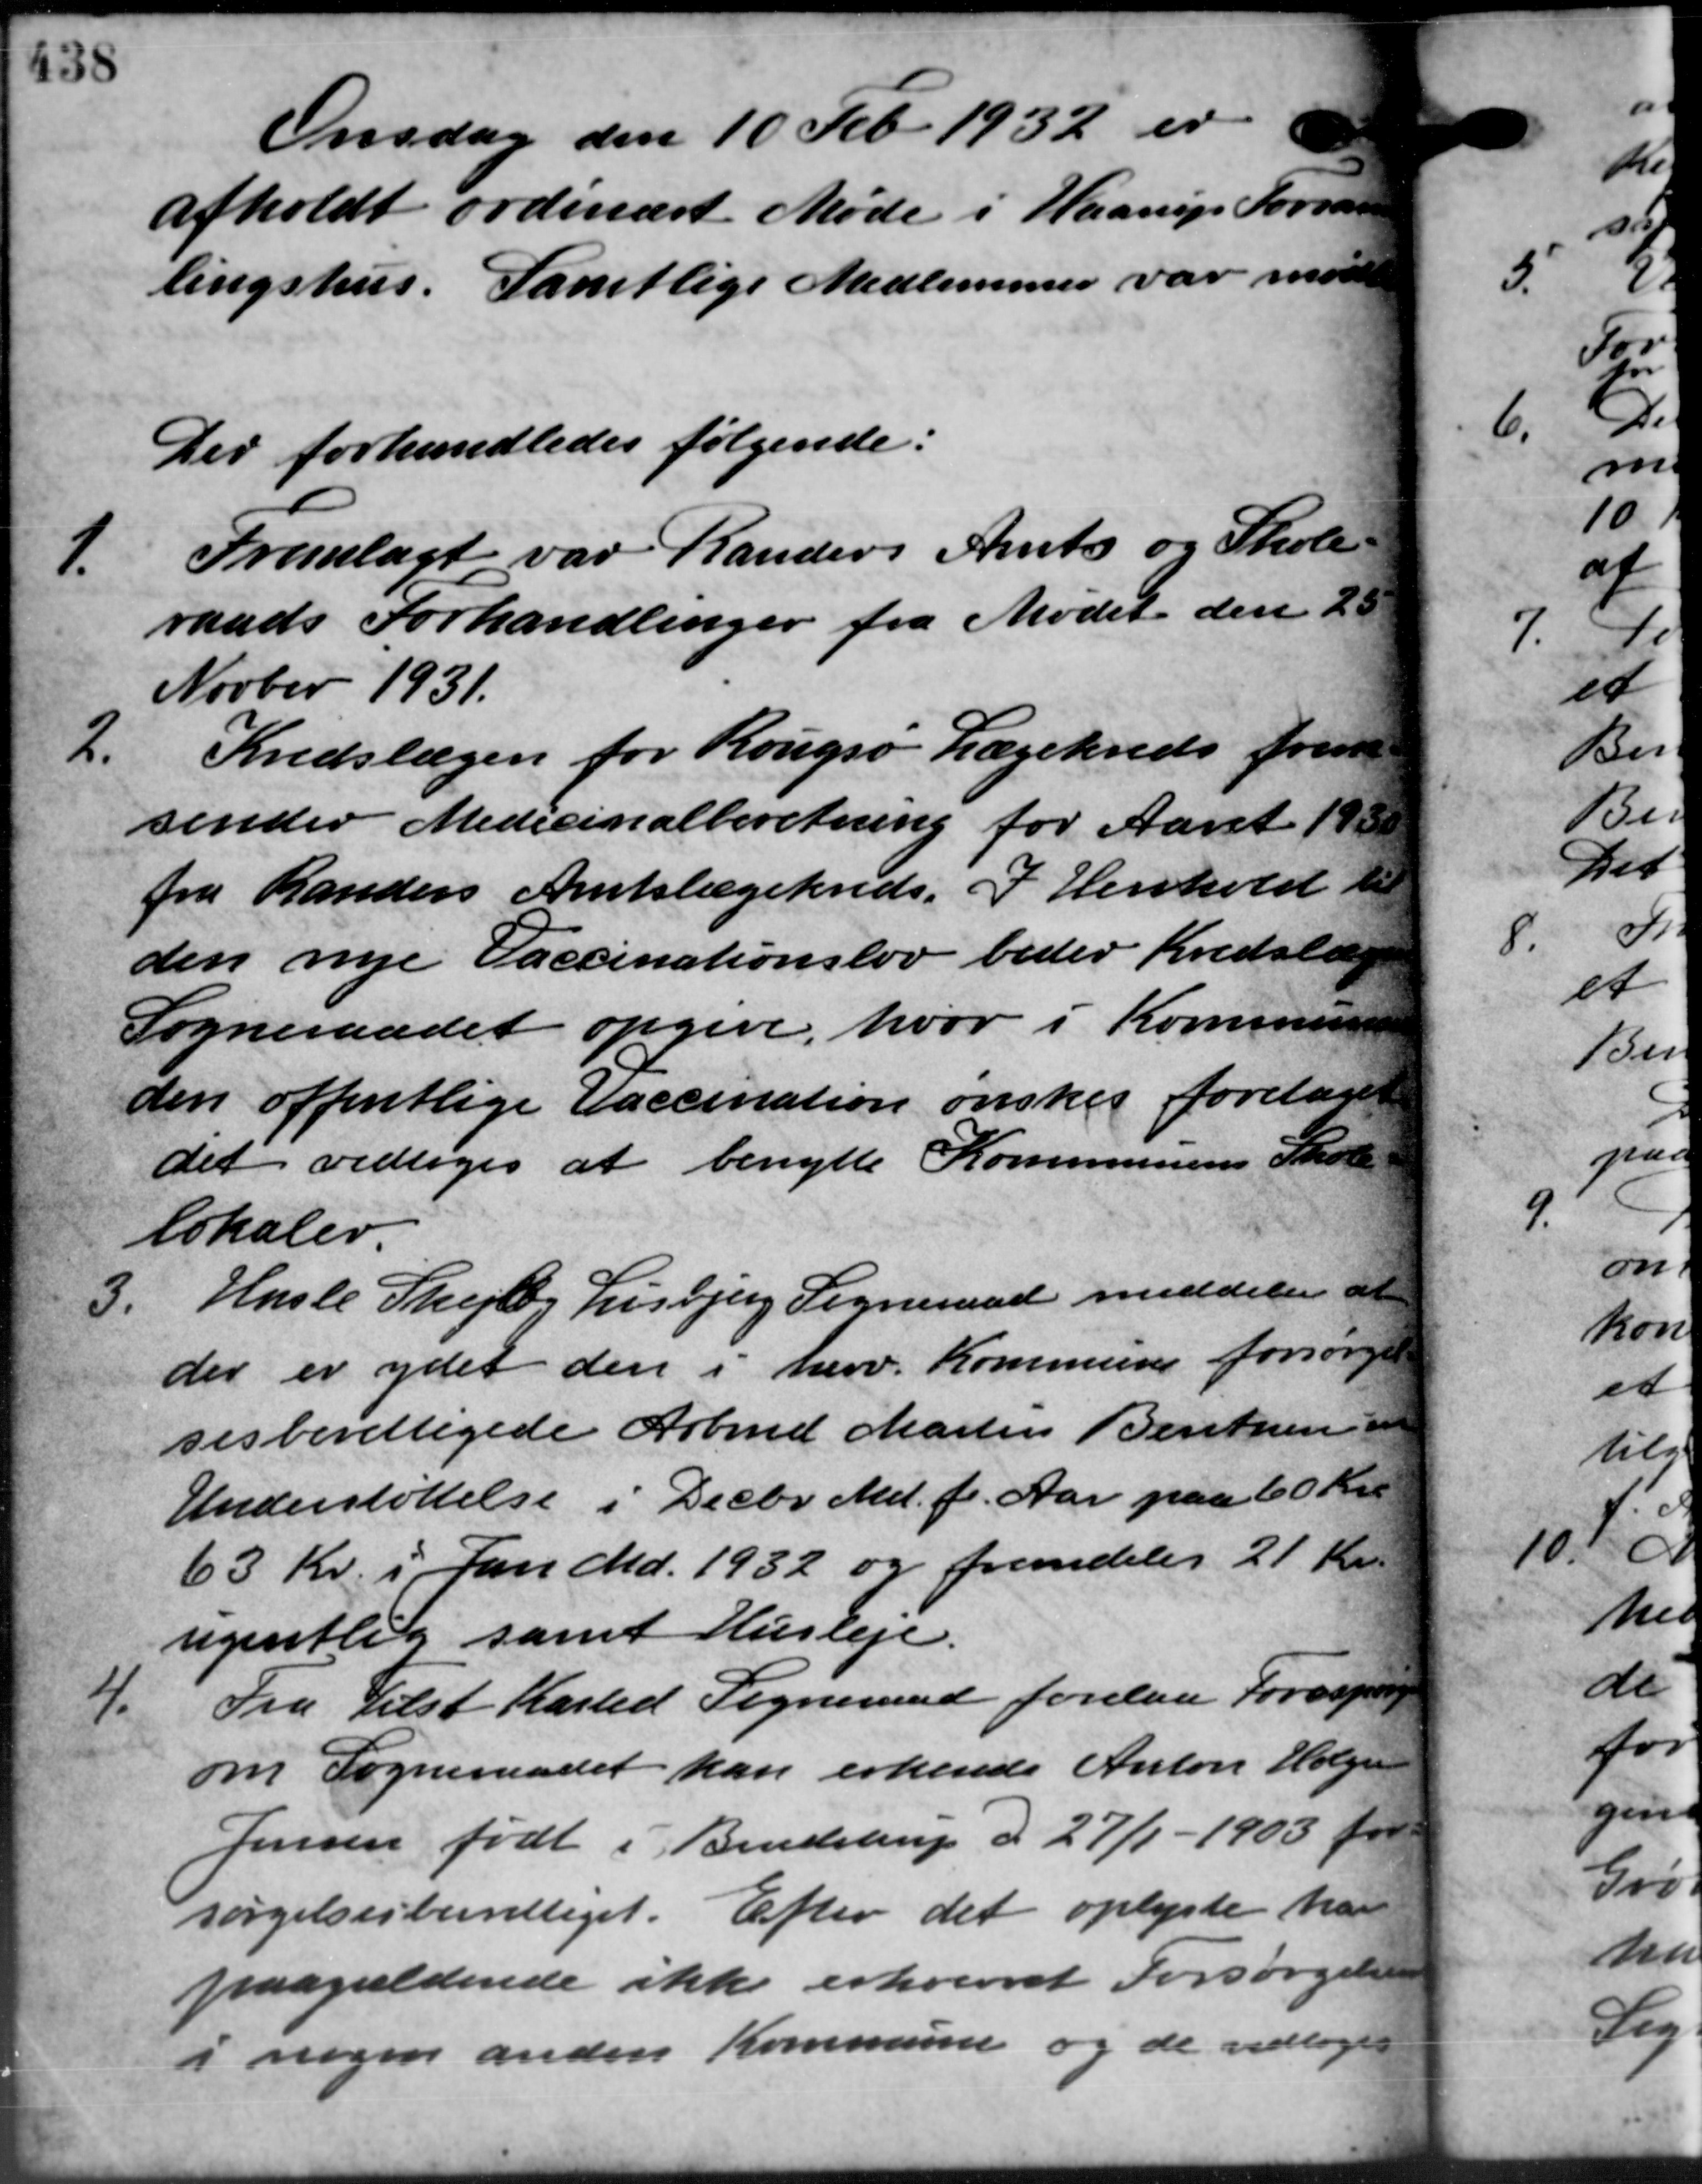
Transskription:
Onsdag den 10 Feb. 1932 er
afholdt ordinært Møde i Haarup Jorsan
lingshus. Samtlige Medlemmer var mødt
Der forhandledes følgende:
1.
Fremlagt var Randers Amts og Skole-
raads Forhandlinger fra Mødet den 20
Novber 1931.
2.
Kredslægen for Rougsø Lægekreds frem
sender Medicinalberetning for Aaret 193
fra Randers Amtslægekreds. I Henhold til
den nye Vaccinationslov beder Kredslæg
Sogneraadet opgive, hvor i Kommunen
den offentlige Vaccination ønsker foretage
det vedtoges at benytte Kommunens Skole
lokaler
3.
Hasle Skejby Lisbjerg Sogneraad meddeler at
der er ydet den i herv. Kommune forsørgel
sesberettigede Arbmd. Martin Bentzen
Understøttelse i Decbr. Md. f. Aar paa 60 Kr.
63 Kr. i Jan Md. 1932 og fremdeles 21 Kr.
ugentlig samt Husleje.
4.
Fra Tilst Kasted Sogneraad forelaa Forespørg
om Sogneraadet kan erkende Anton Holger
Jensen født i Bendstrup d. 27/1 – 1903 for
sørgelsesberettiget. Efter det oplyste har
paagældende ikke erhvervet Forsørgelsen
i nogen anden Kommune og de vedtoges